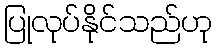
ပြုလုပ်နိုင်သည်ဟု